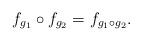
LaTeX: \begin{align*}f_{g_1} \circ f_{g_2} = f_{g_1 \circ g_2}.\end{align*}